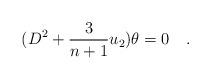
LaTeX: \begin{align*}(D^2 + {3\over{n+1}} u_2) \theta =0\quad. \end{align*}